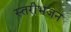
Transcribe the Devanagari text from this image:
स्तरीभजन